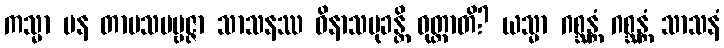
ကသ္မာ ပန တာပသပဗ္ဗဇ္ဇာ သာသနဿ ဝိနာသမုခန္တိ ဝုတ္တာတိ? ယသ္မာ ဂစ္ဆန္တံ ဂစ္ဆန္တံ သာသနံ